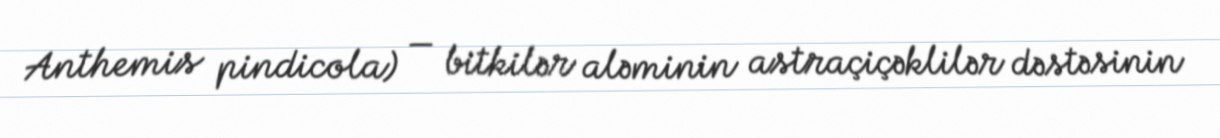
Anthemis pindicola) — bitkilər aləminin astraçiçəklilər dəstəsinin